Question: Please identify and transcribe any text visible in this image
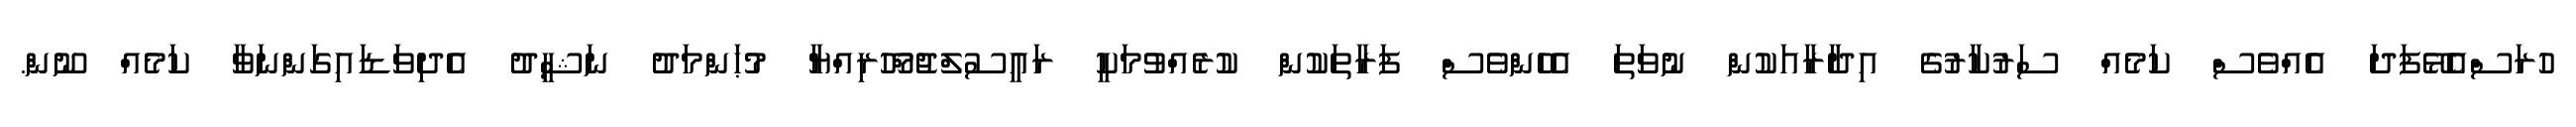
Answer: ހުރަސްއެޅޭފަދަ އެއްވެސް ކަމެއް ސަރުކާރުގެ އިދާރާއަކުން ނުވަތަ އެހެންވެސް ފަރާތަކުން ކުރެއްވުމަކީ ރައީސުލްޖުމްހޫރިއްޔާ މުޙަންމަދު ނަޝީދު އެދިވަޑައިގަންނަވާ ކަމެއް ނޫން.